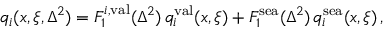
q _ { i } ( x , \xi , \Delta ^ { 2 } ) = F _ { 1 } ^ { i , \mathrm { v a l } } ( \Delta ^ { 2 } ) \, q _ { i } ^ { \mathrm { v a l } } ( x , \xi ) + F _ { 1 } ^ { \mathrm { s e a } } ( \Delta ^ { 2 } ) \, q _ { i } ^ { \mathrm { s e a } } ( x , \xi ) \, ,